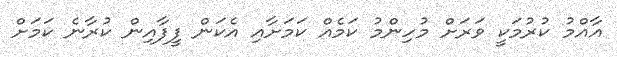
އާއްމު ކުރުމަކީ ވަރަށް މުހިންމު ކަމެއް ކަމަށާއި އެކަން ފީފާއިން ކުރާނެ ކަމަށް